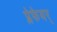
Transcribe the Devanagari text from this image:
प्लेफेयर्